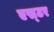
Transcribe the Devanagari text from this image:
एस्‍टर